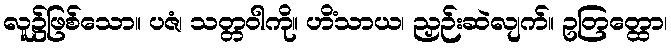
လူ၌ဖြစ်သော။ ပဇံ၊ သတ္တဝါကို။ ဟိံသာယ၊ ညှဉ်းဆဲလျက်။ ဥတြတ္ထော၊